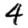
Digit: 4